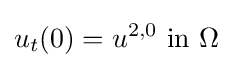
u_{t}(0)=u^{2,0}{\mbox{ in }}\Omega